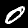
Digit: 0